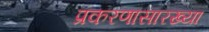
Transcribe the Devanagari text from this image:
प्रकरणासारख्या